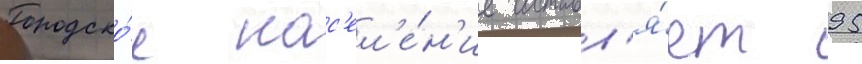
Городско́е нас'ел'е́н'ие составл'я́ет 95